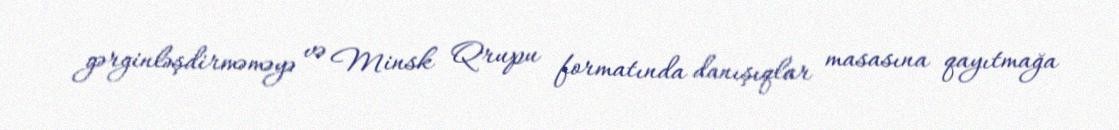
gərginləşdirməməyə və Minsk Qrupu formatında danışıqlar masasına qayıtmağa